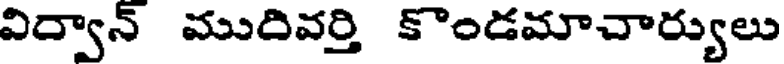
విద్వాన్ ముదివర్తి కొండమాచార్యులు